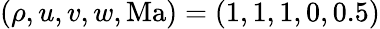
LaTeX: (\rho,u,v,w,\mathrm{Ma})=(1,1,1,0,0.5)